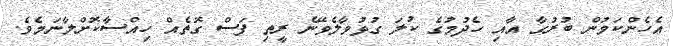
އެހެންކަމުން ބުރުގާ އާއި ހެދުމުގެ ކުލަ ގުޅުވާލެވޭނެ ރީތި ފަސް ގޮތެއް ހިއްސާކޮށްލާނަމެވެ.